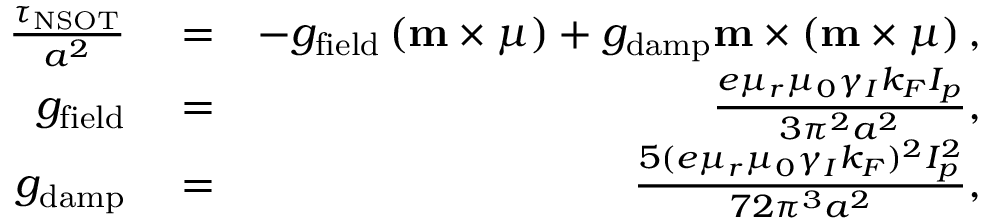
\begin{array} { r l r } { \frac { \boldsymbol \tau _ { \mathrm { N S O T } } } { a ^ { 2 } } } & { { } = } & { - g _ { \mathrm { f i e l d } } \left( \mathbf { m } \times \boldsymbol { \mu } \right) + g _ { \mathrm { d a m p } } \mathbf { m } \times \left( \mathbf { m } \times \boldsymbol { \mu } \right) , } \\ { g _ { \mathrm { f i e l d } } } & { { } = } & { \frac { e \mu _ { r } \mu _ { 0 } \gamma _ { I } k _ { F } I _ { p } } { 3 \pi ^ { 2 } a ^ { 2 } } , } \\ { g _ { \mathrm { d a m p } } } & { { } = } & { \frac { 5 ( e \mu _ { r } \mu _ { 0 } \gamma _ { I } k _ { F } ) ^ { 2 } I _ { p } ^ { 2 } } { 7 2 \pi ^ { 3 } a ^ { 2 } } , } \end{array}